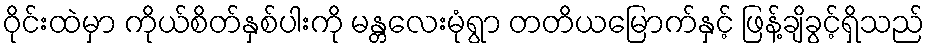
ဝိုင်းထဲမှာ ကိုယ်စိတ်နှစ်ပါးကို မန္တလေးမုံရွာ တတိယမြောက်နှင့် ဖြန့်ချိခွင့်ရှိသည်